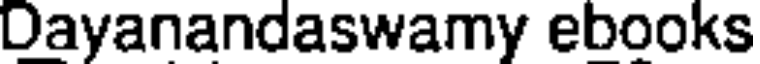
Dayanandaswamy ebooks